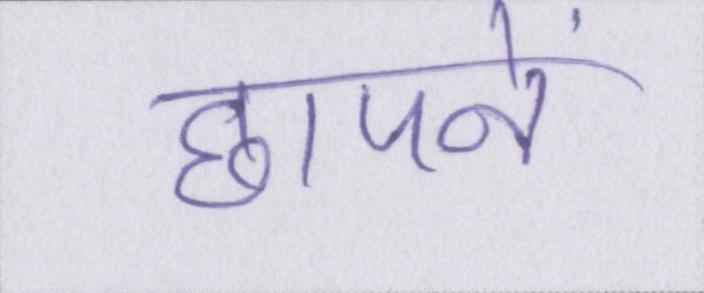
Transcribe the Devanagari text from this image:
छापने